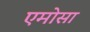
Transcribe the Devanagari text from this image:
एमोसा